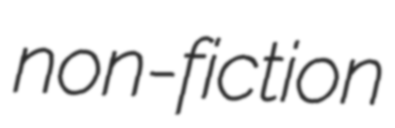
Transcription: non-fiction